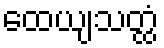
ထေယျသတ္ထံ